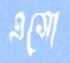
এসো